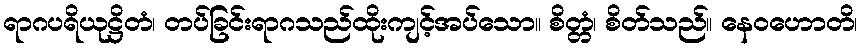
ရာဂပရိယုဋ္ဌိတံ၊ တပ်ခြင်းရာဂသည်ထိုးကျင့်အပ်သော။ စိတ္တံ၊ စိတ်သည်။ နေဝဟောတိ၊